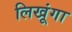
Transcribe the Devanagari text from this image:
लिखूंगा